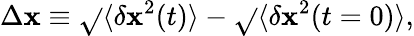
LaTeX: \Delta\mathbf{x}\equiv\sqrt{}{{\langle\delta\mathbf{x}^{2}(t)\rangle}}-\sqrt{}{{\langle\delta\mathbf{x}^{2}(t=0)\rangle}},